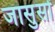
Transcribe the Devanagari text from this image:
जासुसों